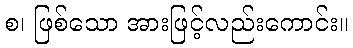
စ၊ ဖြစ်သော အားဖြင့်လည်းကောင်း။